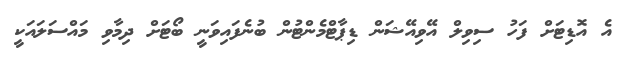
އެ އޮޑިޓަށް ފަހު ސިވިލް އޭވިއޭޝަން ޑިޕާޓްމެންޓުން ބުނެފައިވަނީ ބޯޓަށް ދިމާވި މައްސަލައަކީ